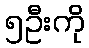
၅ဦးကို